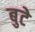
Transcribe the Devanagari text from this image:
बुटे